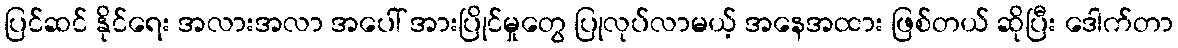
ပြင်ဆင် နိုင်ရေး အလားအလာ အပေါ် အားပြိုင်မှုတွေ ပြုလုပ်လာမယ့် အနေအထား ဖြစ်တယ် ဆိုပြီး ဒေါက်တာ